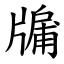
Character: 牖